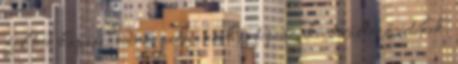
fel tud kapaszkodni, persze ezek is típusonként változó értékek.